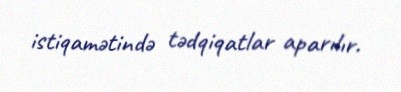
istiqamətində tədqiqatlar aparılır.